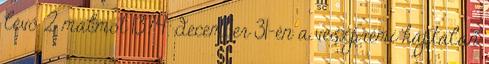
lévő 2 malmot 1374. december 31-én a veszprémi káptalan